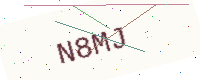
Text: N8MJ